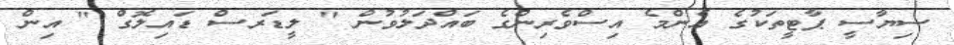
ސިޔާސީ ޕާޓީތަކުގެ އެންމެ އިސްވެރިންގެ ބައްދަލުވުން " ލީޑަރސް ޑައިލޮގް " އިން